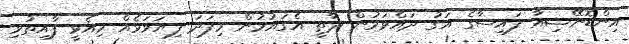
އިންޑޮނޭޝިއާ ފައިސާގެ އަގު ދައްވަމުން ދާތީ އެގައުމުން މިފަދަ ފިޔަވަޅެއް މިއެޅީ ފާއިތުވި